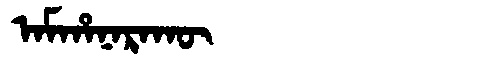
Manchu: ᠠᠮᡥᠠᠨᠠᡵᠠᡴᡡ
Romanization: AMHANARAKŪ